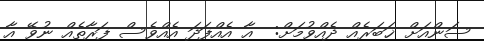
ސަންއަށް ޚަބަރެއް ދެއްވުމަށް:  އާ އެއްފަދަ އެެއްވެސް ފަރާތެއް ނުވޭ އާ